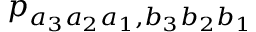
p _ { a _ { 3 } a _ { 2 } a _ { 1 } , b _ { 3 } b _ { 2 } b _ { 1 } }